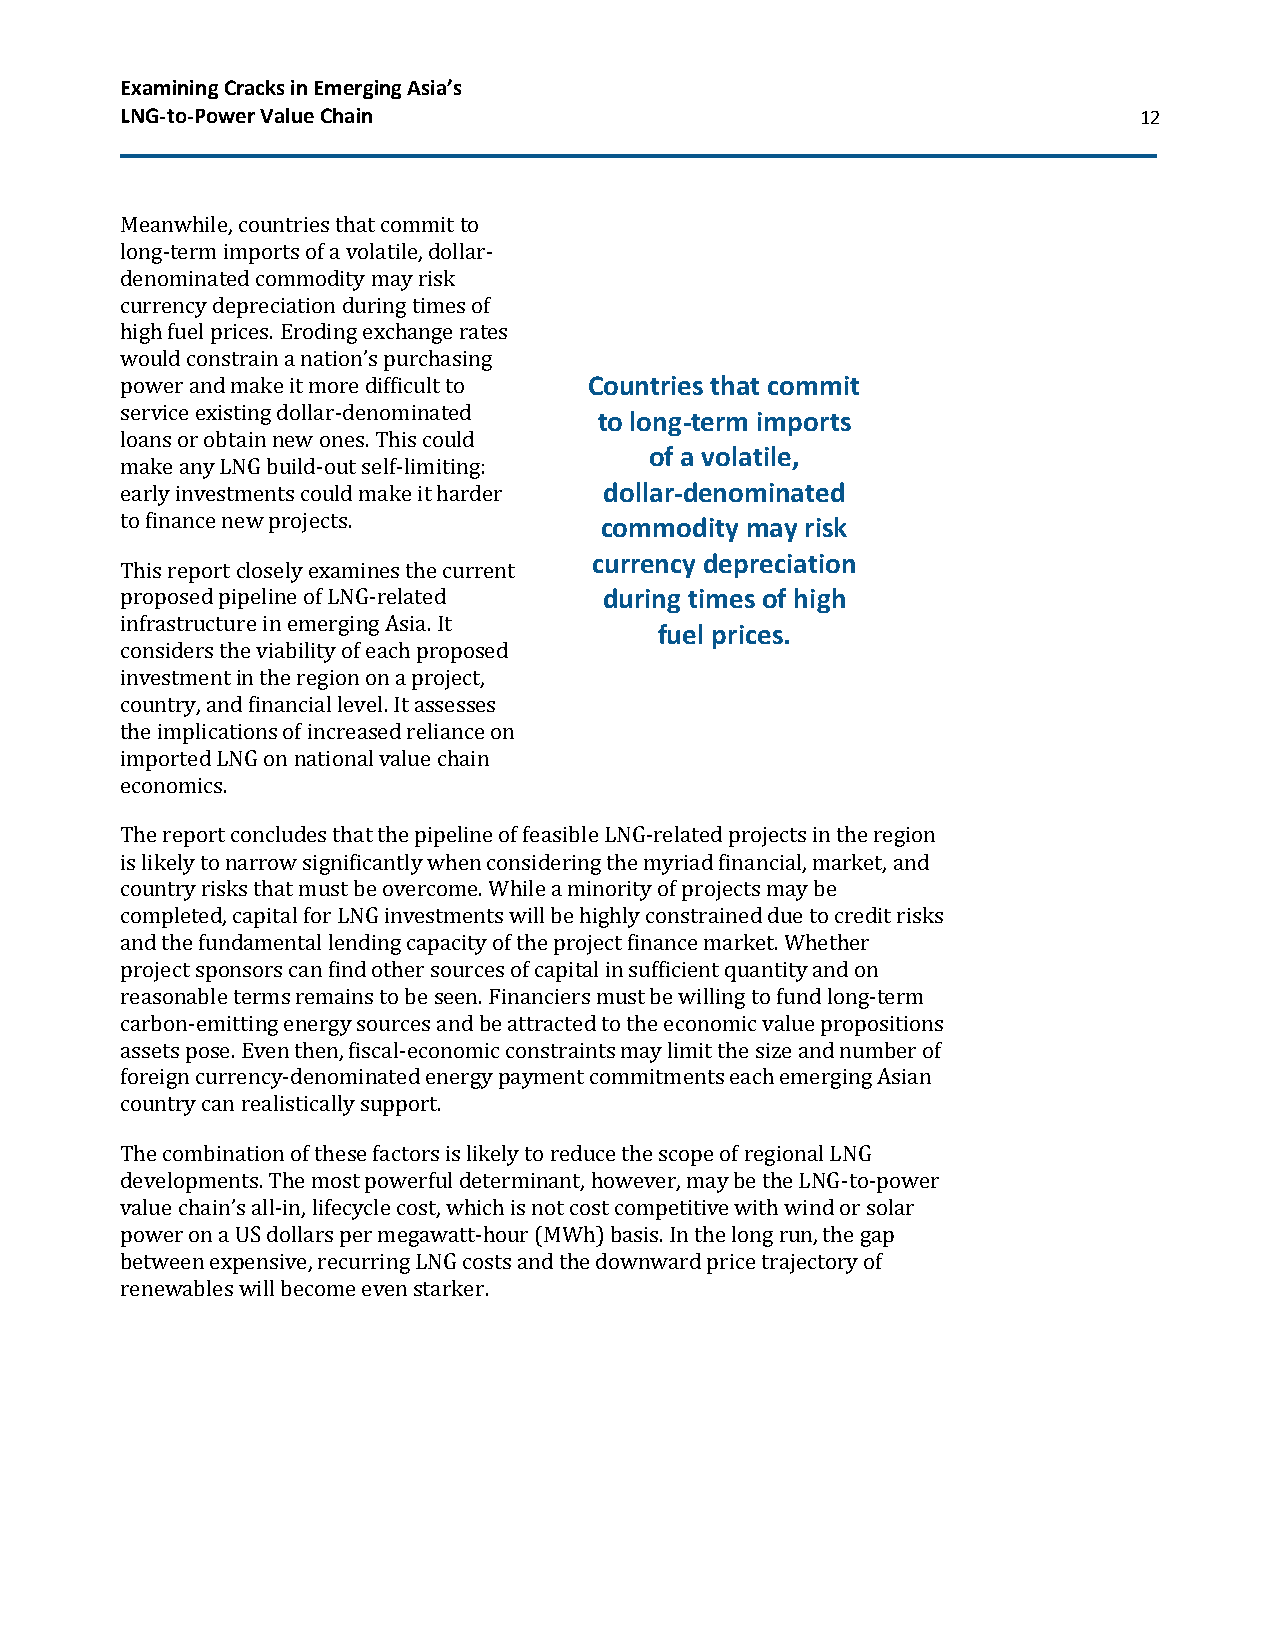
Examining Cracks in Emerging Asia’s
 LNG-to-Power Value Chain                                           12
 Meanwhile, countries that commit to
 long-term imports of a volatile, dollar-
 denominated commodity may risk
 currency depreciation during times of
 high fuel prices. Eroding exchange rates
 would constrain a nation’s purchasing
 power and make it more difficult to Countries that commit
 service existing dollar-denominated
 to long-term imports
 loans or obtain new ones. This could
 of a volatile,
 make any LNG build-out self-limiting:
 early investments could make it harder dollar-denominated
 to finance new projects.        commodity may risk
 currency depreciation
 This report closely examines the current
 proposed pipeline of LNG-related during times of high
 infrastructure in emerging Asia. It
 fuel prices.
 considers the viability of each proposed
 investment in the region on a project,
 country, and financial level. It assesses
 the implications of increased reliance on
 imported LNG on national value chain
 economics.
 The report concludes that the pipeline of feasible LNG-related projects in the region
 is likely to narrow significantly when considering the myriad financial, market, and
 country risks that must be overcome. While a minority of projects may be
 completed, capital for LNG investments will be highly constrained due to credit risks
 and the fundamental lending capacity of the project finance market. Whether
 project sponsors can find other sources of capital in sufficient quantity and on
 reasonable terms remains to be seen. Financiers must be willing to fund long-term
 carbon-emitting energy sources and be attracted to the economic value propositions
 assets pose. Even then, fiscal-economic constraints may limit the size and number of
 foreign currency-denominated energy payment commitments each emerging Asian
 country can realistically support.
 The combination of these factors is likely to reduce the scope of regional LNG
 developments. The most powerful determinant, however, may be the LNG-to-power
 value chain’s all-in, lifecycle cost, which is not cost competitive with wind or solar
 power on a US dollars per megawatt-hour (MWh) basis. In the long run, the gap
 between expensive, recurring LNG costs and the downward price trajectory of
 renewables will become even starker.